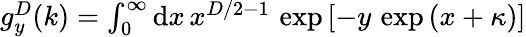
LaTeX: \begin{array}{r}{g_{y}^{D}(k)=\int_{0}^{\infty}\mathrm{d}x\, x^{D/2-1}\, \exp\left[-y\, \exp\left(x+\kappa\right)\right]}\end{array}